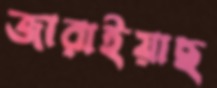
জারাইয়াছ